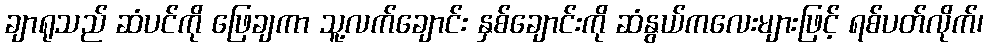
ချာရုသည် ဆံပင်ကို ဖြေချကာ သူ့လက်ချောင်း နှစ်ချောင်းကို ဆံနွယ်ကလေးများဖြင့် ရစ်ပတ်လိုက်၊